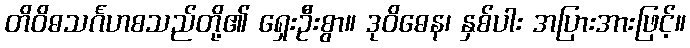
တိဝိဓသင်္ဂဟစသည်တို့၏ ရှေးဦးစွာ။ ဒုဝိဓေန၊ နှစ်ပါး အပြားအားဖြင့်။